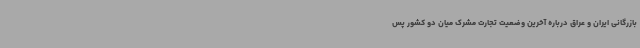
بازرگانی ایران و عراق درباره آخرین وضعیت تجارت مشرک میان دو کشور پس